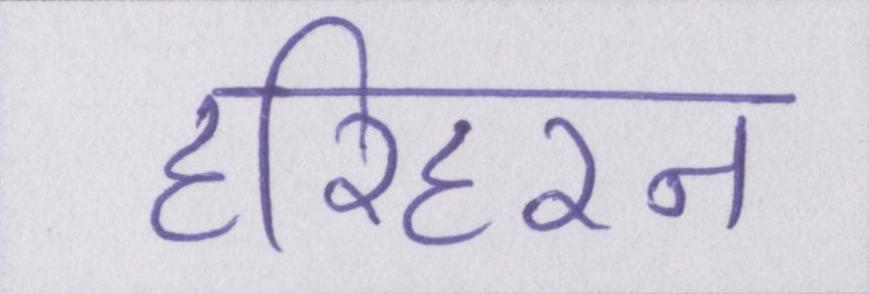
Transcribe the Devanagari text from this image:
हरिहरन